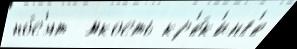
но́с'ят  ́мкость кр'е́к'инг'е